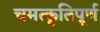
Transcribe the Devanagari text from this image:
चमत्कृतिपूर्ण